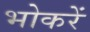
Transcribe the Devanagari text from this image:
भोकरें